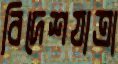
বিদেশযাত্রা